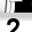
Digit: 2